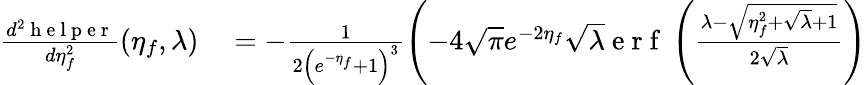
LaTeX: \begin{array}{rl}{\frac{d^{2}\mathrm{~h~e~l~p~e~r~}}{d\eta_{f}^{2}}(\eta_{f},\lambda)}&{{}=-\frac{1}{2\left(e^{-\eta_{f}}+1\right)^{3}}\left(-4\sqrt{\pi}e^{-2\eta_{f}}\sqrt{\lambda}\mathrm{~e~r~f~}\left(\frac{\lambda-\sqrt{\eta_{f}^{2}+\sqrt{\lambda}+1}}{2\sqrt{\lambda}}\right)\right.}\end{array}